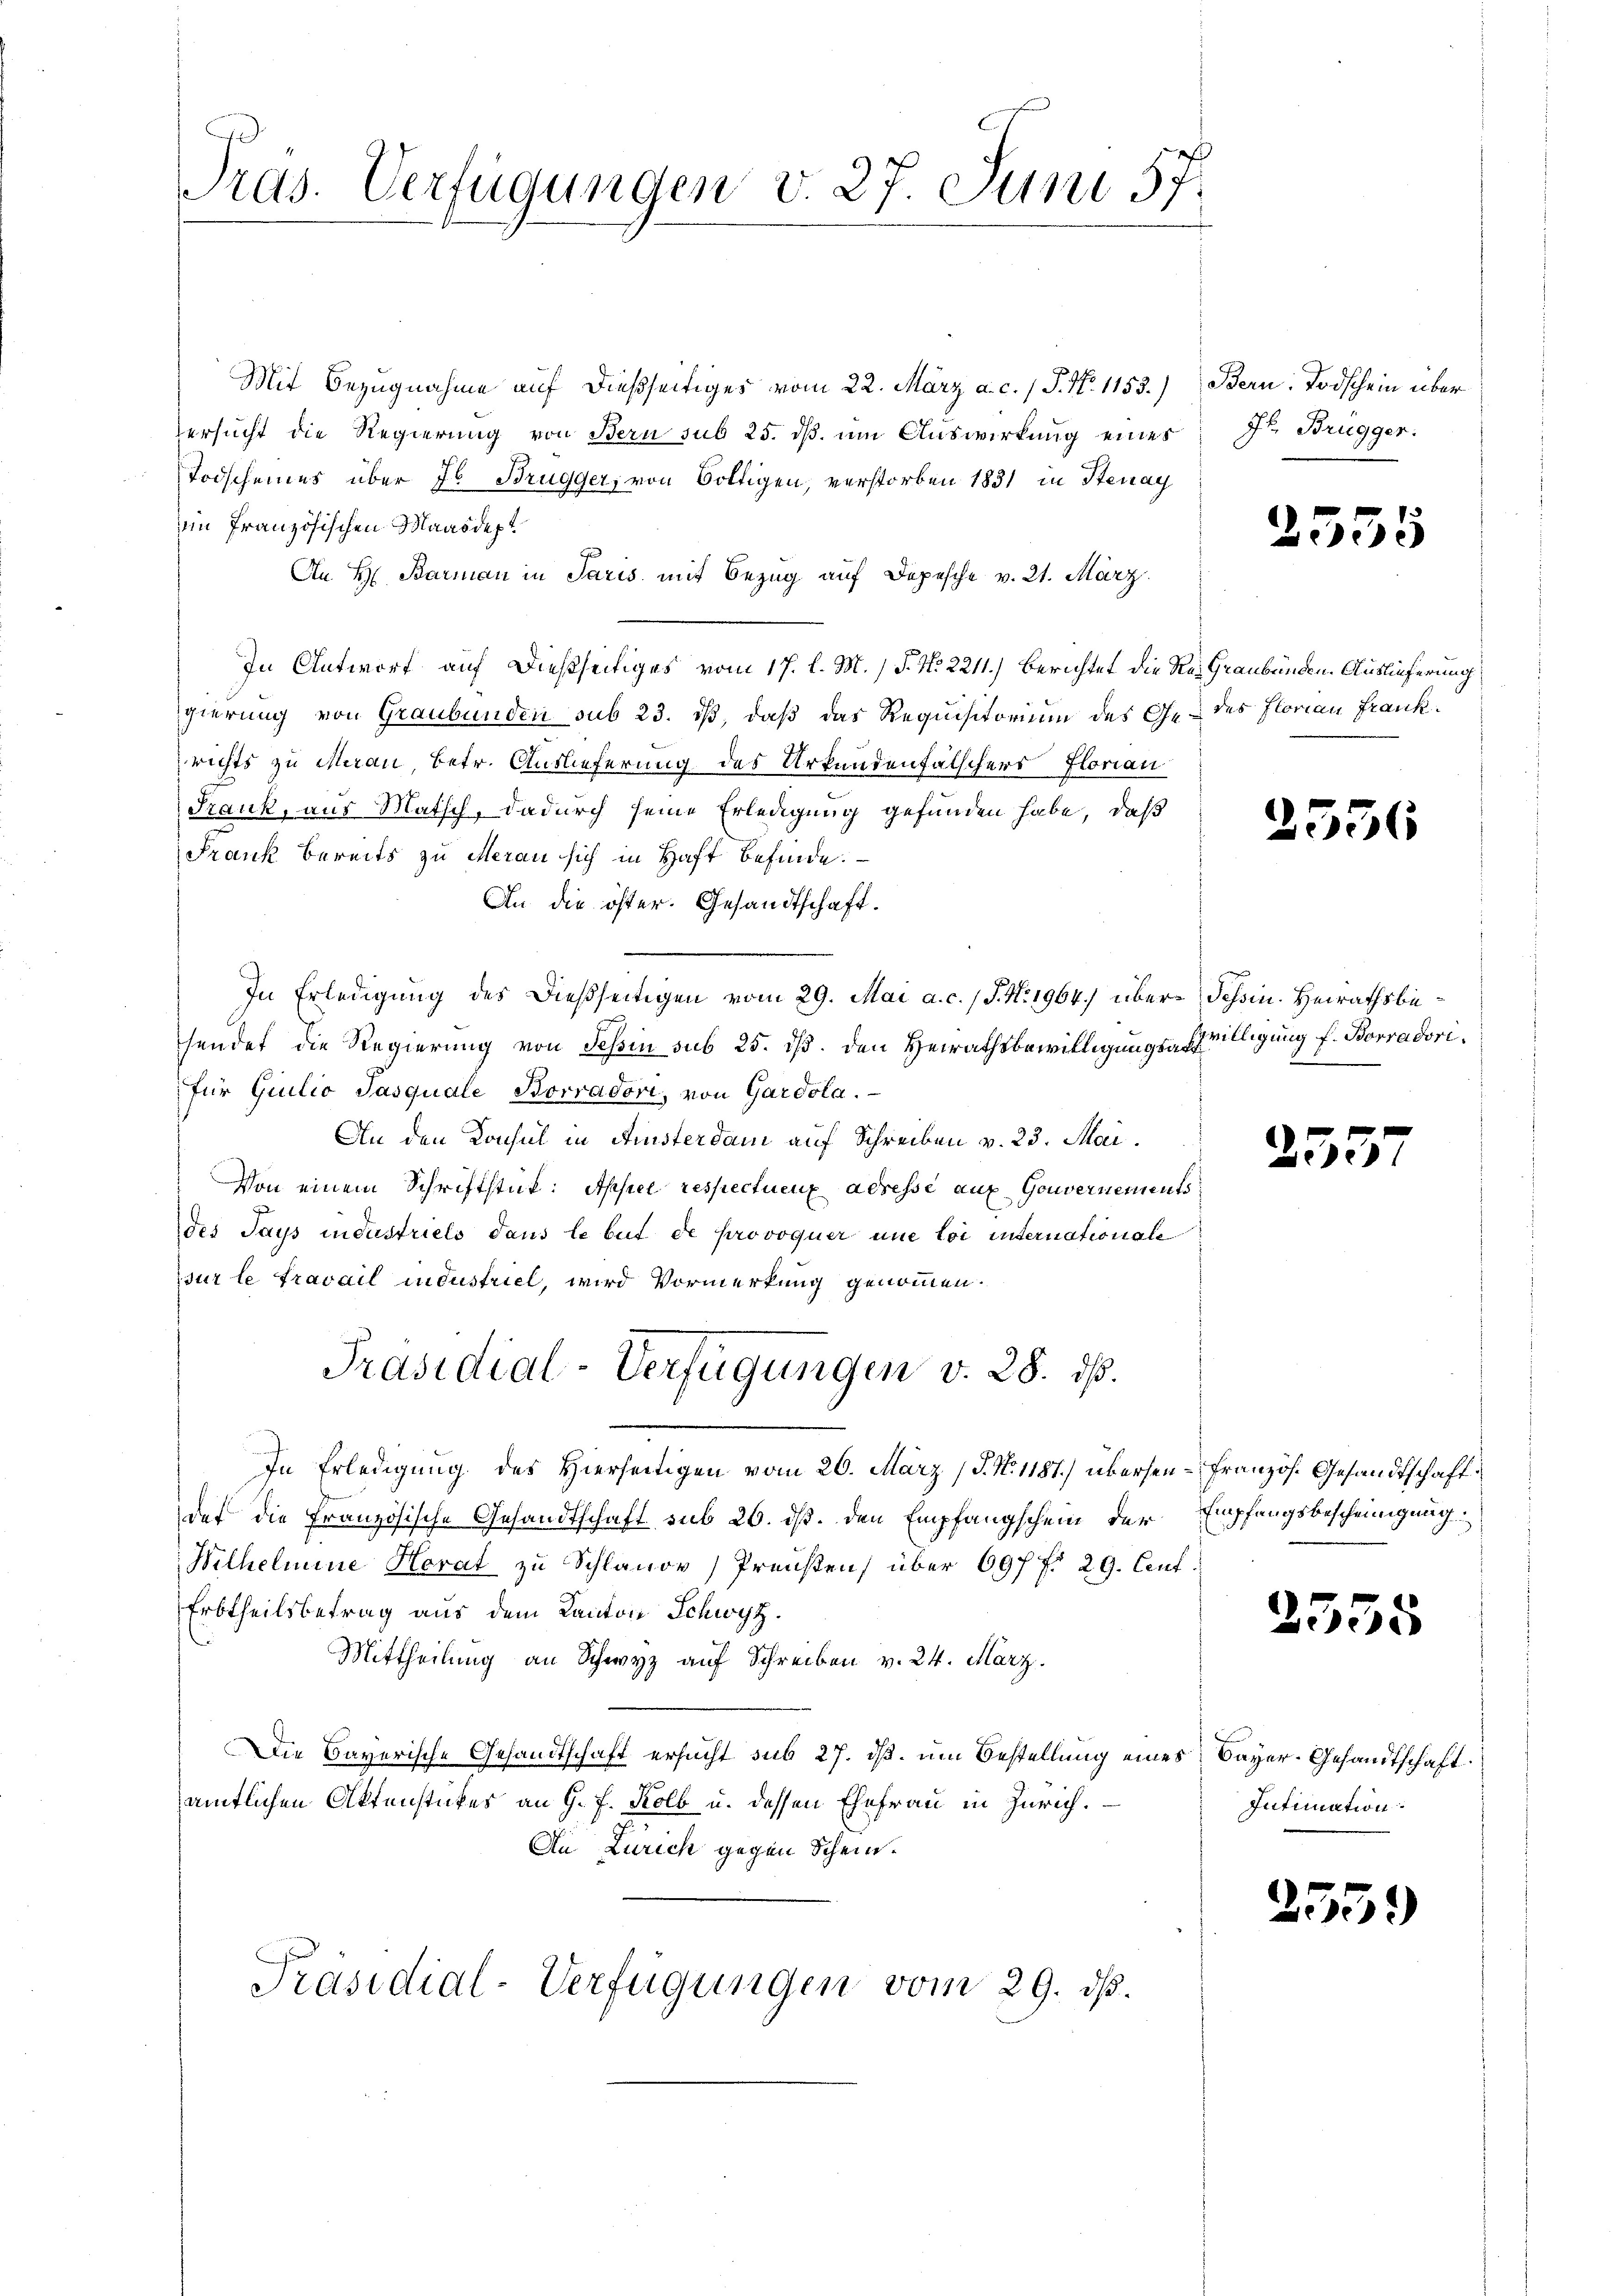
Tras. Verfügungen v. 27. Juni 57.

Mit Bezugnahme auf dießseitiges vom 22. März a. c. 1 P. N. 1153.) Bern. Todschein über
ersucht die Regierung von Bern sub 25. dß. um Auswirkung eines
Todscheines über Jb. Brugger, von Boltigen, verstorben 1831 in Stenay
im französischen Maasdept
An H. Barman in Paris mit Bezug auf Depesche v. 21. März
In Antwort auf dießseitiges vom 17. l. M.) P. N. 2211.) Berichtet die Red Graubünden Auslieferung
gierung von Graubünden sub 23. dß, daß das Requisitorium des Ge- des Florian Frankrichts zu Meran, betr. Auslieferung des Urkundenfälschers Florian
Frank, aus Matsch, dadurch seine Erledigung gefunden habe, daß
Frank bereits zu Meran sich in Haft befinde.
An die öster. Gesandtschaft.
In Erledigung des dießseitigen vom 29. Mai a. c. J. N. 1964.) über Schin. Heirathsbesendet die Regierung von Tessin sub 25. ds. den Heirathsbewilligungs-Erwilligung f. Borradori,
für Giulio Pasquale Borradori, von Gardola.
An den Konsul in Amisterdam auf Schreiben v. 23. Mai
Von einem Schriftstück: Appel respectueux adresse auf Gouvernements
des Pays industriels dans le but de provoquer une toi internationale
sur le travail industriel, wird Vormerkung genommen.
Präsidial-Verfügungen v. 28. ds.
In Erledigung des Hierseitigen vom 26. März (S. N. 1187) übersen-Französ. Gesandtschaft
der die Französische Gesandtschaft sub 26. ds. den Empfangschein der Empfangsbescheinigung
Wilhelmine Horat zu Schlande Preußen) über 697 f. 29. Auf
Erbtheilsbetrag aus dem Kanton Schwyz.
Mittheilung an Schwyz auf Schreiben v. 24. März.
Die Bayerische Gesandtschaft ersucht sub 27. dß. um Bestellung eines Bayer-Gesandtschaft
amtlichen Aktenstückes an G. F. Kolb u. dessen Ehefrau in Zürich.
An Zürich gegen Schein.

Präsidial-Verfügungen vom 29. ds.

Jr. Brügger.

2555

2556

¬

55

2555

Intimation.

.

15.

)